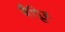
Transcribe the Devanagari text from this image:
जैप्लिन